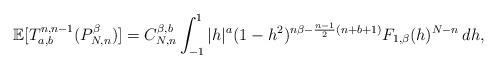
LaTeX: \begin{align*} \mathbb{E}[T_{a,b}^{n,n-1}(P_{N,n}^\beta)] = C_{N,n}^{\beta,b}\int_{-1}^1|h|^a(1-h^2)^{n\beta-{n-1\over 2}(n+b+1)}F_{1,\beta}(h)^{N-n}\,dh,\end{align*}